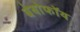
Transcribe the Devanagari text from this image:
बेयोफॉय